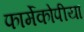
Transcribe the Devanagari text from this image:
फार्मेकोपीया